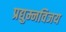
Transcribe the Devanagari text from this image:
प्रद्युम्नविजय